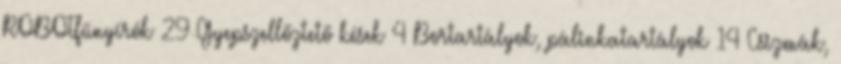
ROBOTfűnyírók 29 Gyepszellőztető kések 4 Bortartályok, pálinkatartályok 14 Csizmák,